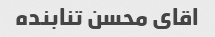
اقای محسن تنابنده